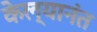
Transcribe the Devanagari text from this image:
केल्यानंत